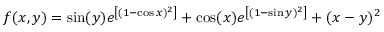
f ( x , y ) = \sin ( y ) e ^ { \left[ ( 1 - \cos x ) ^ { 2 } \right] } + \cos ( x ) e ^ { \left[ ( 1 - \sin y ) ^ { 2 } \right] } + ( x - y ) ^ { 2 }